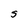
Character: S